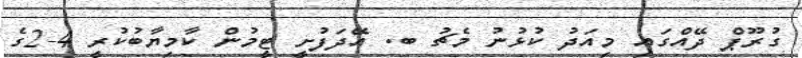
ގުރޫޕް ދޭއްގައި މިއަދު ކުޅުނު މެޗު ބ. އޭދަފުށީ ޓީމުން ކާމިޔާބުކުރީ 4-2ގެ